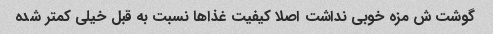
گوشت ش مزه خوبی نداشت اصلا کیفیت غذا‌ها نسبت به قبل خیلی کمتر شده